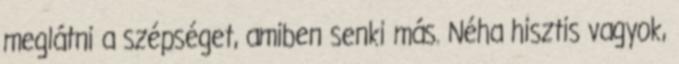
meglátni a szépséget, amiben senki más. Néha hisztis vagyok,